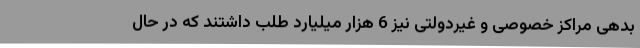
بدهی مراکز خصوصی‌ و غیردولتی نیز 6 هزار میلیارد طلب داشتند که در حال